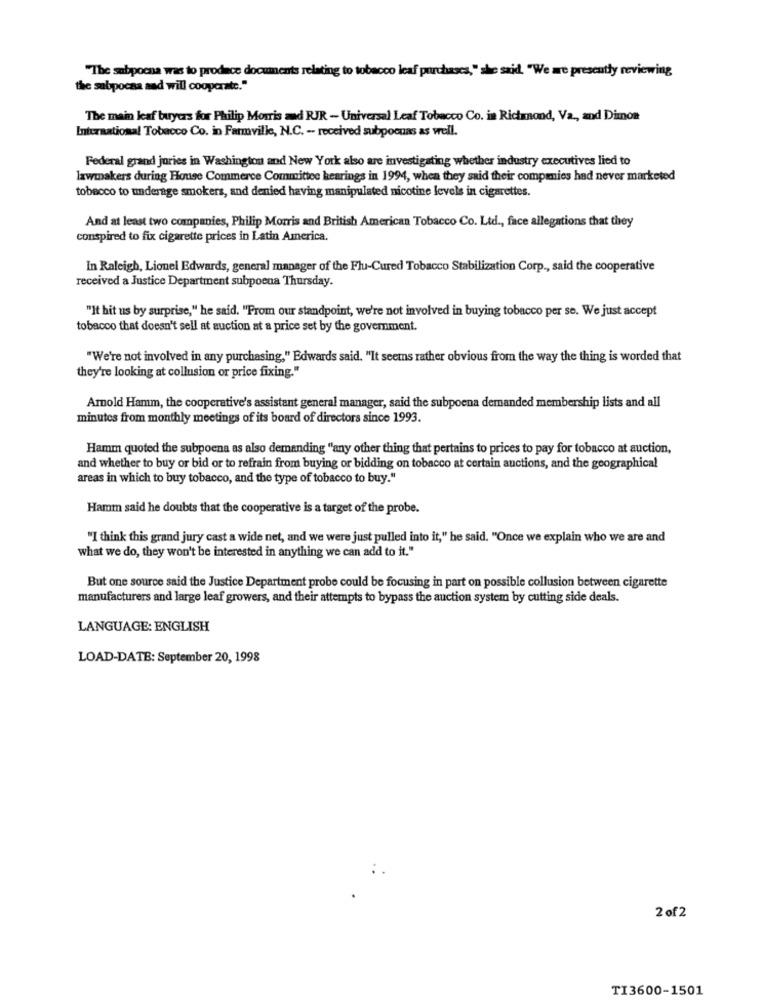
"The subpoena was to produce documents relating to tobacco leaf purchases," she said. "We are presently reviewing
the sabpocna aad will cooperate."
The main leaf buyers for Philip Morris and RJR - Universal Leaf Tobacco Co. in Richmond, Va ., and Dimon
International Tobacco Co. in Farmville, N.C. -- received subpoenas as well.
Federal grand juries in Washington and New York also are investigating whether industry executives lied to
lawmakers during Fouse Commerce Committee hearings in 1994, when they said their companies had never marketed
tobacco to underage smokers, and denied having manipulated nicotine levels in cigarettes.
And at least two companies, Philip Morris and British American Tobacco Co. Ltd ., face allegations that they
conspired to fix cigarette prices in Latin America.
In Raleigh, Lionel Edwards, general manager of the Flu-Cured Tobacco Stabilization Corp ., said the cooperative
received a Justice Department subpoena Thursday.
"It bit us by surprise," he said. "From our standpoint, we're not involved in buying tobacco per se. We just accept
tobacco that doesn't sell at auction at a price set by the government.
"We're not involved in any purchasing," Edwards said. "It seems rather obvious from the way the thing is worded that
they're looking at collusion or price fixing."
Amold Hamm, the cooperative's assistant general manager, said the subpoena demanded membership lists and all
minutes from monthly meetings of its board of directors since 1993.
Hamm quoted the subpoena as also demanding "any other thing that pertains to prices to pay for tobacco at auction,
and whether to buy or bid or to refrain from buying or bidding on tobacco at certain auctions, and the geographical
areas in which to buy tobacco, and the type of tobacco to buy."
Hamm said he doubts that the cooperative is a target of the probe.
"I think this grand jury cast a wide net, and we were just pulled into it," he said. "Once we explain who we are and
what we do, they won't be interested in anything we can add to it."
But one source said the Justice Department probe could be focusing in part on possible collusion between cigarette
manufacturers and large leaf growers, and their attempts to bypass the auction system by cutting side deals.
LANGUAGE: ENGLISH
LOAD-DATE: September 20, 1998
2 of2
TI3600-1501